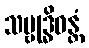
သမ္ဗုဒ္ဓိဝန္တံ